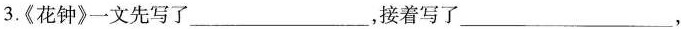
3.《花钟》一文先写了___，接着写了___，